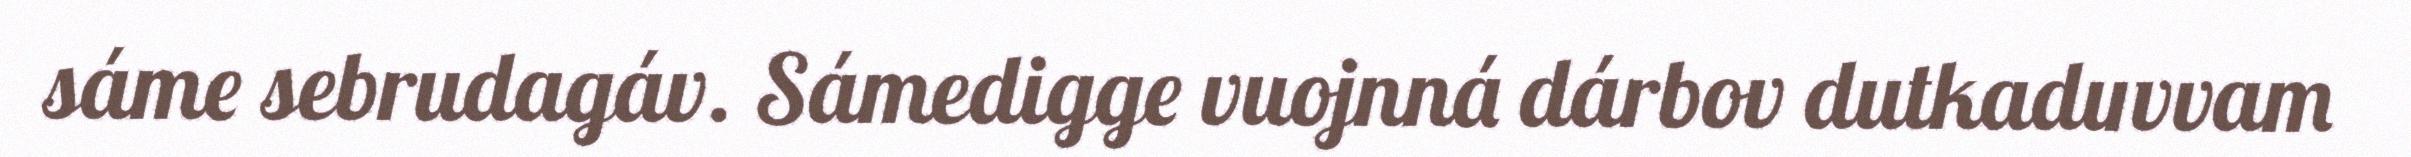
sáme sebrudagáv. Sámedigge vuojnná dárbov dutkaduvvam